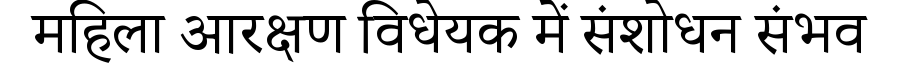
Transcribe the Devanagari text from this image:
महिला आरक्षण विधेयक में संशोधन संभव